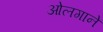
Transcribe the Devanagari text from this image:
ओलगाने